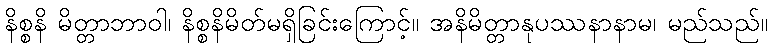
နိစ္စနိ မိတ္တာဘာဝါ၊ နိစ္စနိမိတ်မရှိခြင်းကြောင့်။ အနိမိတ္တာနုပဿနာနာမ၊ မည်သည်။